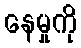
နေမှုကို